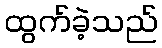
ထွက်ခဲ့သည်